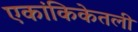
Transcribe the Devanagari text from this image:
एकांकिकेतली